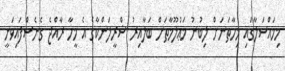
މިމައްސަލާގައި މިހާތަނަށް ލިބުނު މަޢުލޫމާތަށް ބަލާއިރު ޝްރީލަންކާގެ އެ މީހާ ރާއްޖެ ގެނެސްފައިވަނީ